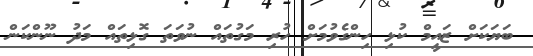
ބަޔަކަށް ޒައީމް ކުޅި ހިންގެވުމަށް ހުރި މަގުތައް ނުވަތަ ގޮޅިތައް މަދު ނޫންކަން